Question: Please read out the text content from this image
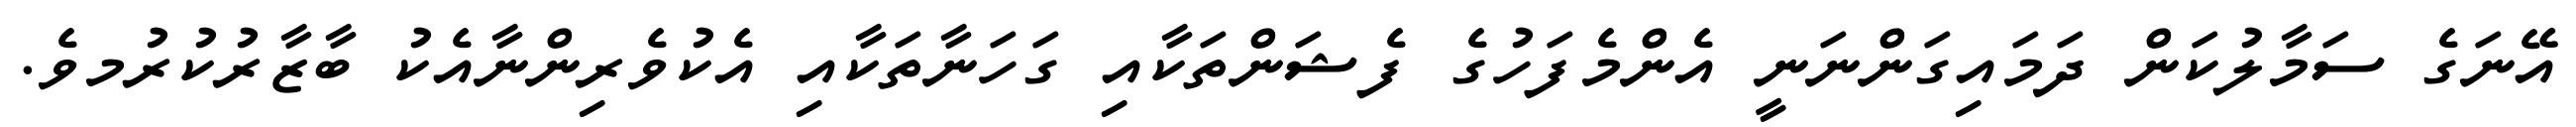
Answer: އޭނަގެ ސަމާލުކަން ދަމައިގަންނަނީ އެންމެފަހުގެ ފެޝަންތަކާއި ގަހަނާތަކާއި އެކުވެރިންނާއެކު ބާޒާރުކުރުމވެ.